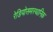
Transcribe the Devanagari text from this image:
रेडियोसमस्थानिक